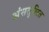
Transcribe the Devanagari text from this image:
अंसतुलित